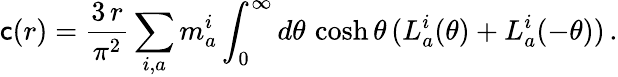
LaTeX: \mathsf{c}(r)=\frac{{3\, r}}{{\pi^{2}}}\sum_{i,a}m_{a}^{i}\int_{0}^{\infty}d\theta\, \cosh\theta\, (L_{a}^{i}(\theta)+L_{a}^{i}(-\theta))\, .